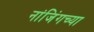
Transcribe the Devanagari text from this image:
नांजिंगच्या